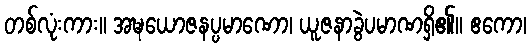
တစ်လုံးကား။ အဍ္ဎယောဇနပ္ပမာဏော၊ ယူဇနာခွဲပမာဏရှိ၏။ ဧကော၊